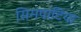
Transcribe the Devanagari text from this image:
सिमपाटिया